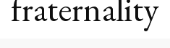
fraternality